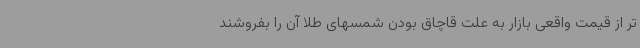
تر از قیمت واقعی بازار به علت قاچاق بودن شمسهای طلا آن را بفروشند